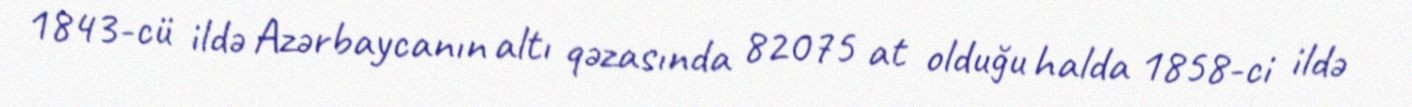
1843-cü ildə Azərbaycanın altı qəzasında 82075 at olduğu halda 1858-ci ildə